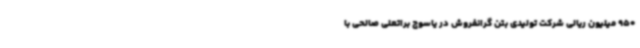
950 میلیون ریالی شرکت تولیدی بتن گرانفروش در یاسوج براتعلی صالحی با